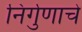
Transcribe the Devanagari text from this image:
निर्गुणाचे